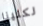
لكلينا